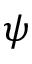
\psi